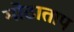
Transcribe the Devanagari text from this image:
मोठाताप